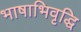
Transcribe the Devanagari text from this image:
भाषाभिवृद्धि